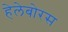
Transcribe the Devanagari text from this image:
हेलेबोरस